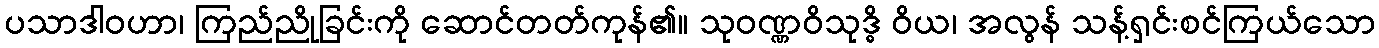
ပသာဒါဝဟာ၊ ကြည်ညိုခြင်းကို ဆောင်တတ်ကုန်၏။ သုဝဏ္ဏဝိသုဒ္ဓိ ဝိယ၊ အလွန် သန့်ရှင်းစင်ကြယ်သော